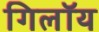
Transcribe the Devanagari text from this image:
गिलॉय